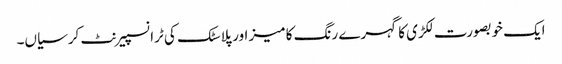
ایک خوبصورت لکڑی کا گہرے رنگ کا میز اور پلاسٹک کی ٹرانسپیرنٹ کرسیاں۔